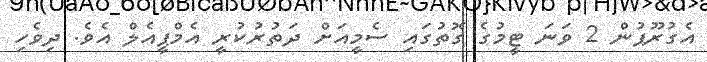
އެގުރޫޕުން 2 ވަނަ ޓީމުގެ ގޮތުގައި ސެމީއަށް ދަތުރުކުރީ އެމްޕީއެލް އެވެ. ދިވެހި